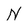
Character: N